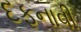
દફનાવી